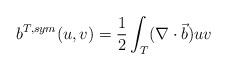
LaTeX: \begin{align*}b^{T,sym}(u,v)=\frac{1}{2} \int_{T} (\nabla \cdot \vec{b}) uv \end{align*}